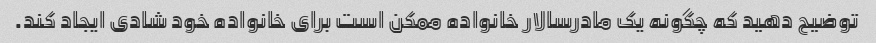
توضیح دهید که چگونه یک مادرسالار خانواده ممکن است برای خانواده خود شادی ایجاد کند.